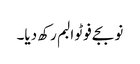
نو بجے فوٹو البم رکھ دیا۔